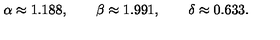
\alpha \approx 1 . 1 8 8 , \qquad \beta \approx 1 . 9 9 1 , \qquad \delta \approx 0 . 6 3 3 .